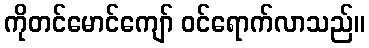
ကိုတင်မောင်ကျော် ဝင်ရောက်လာသည်။